65_HS1-834228961_62-HQ-83894_Section_3
Agency: FBI
Page 136
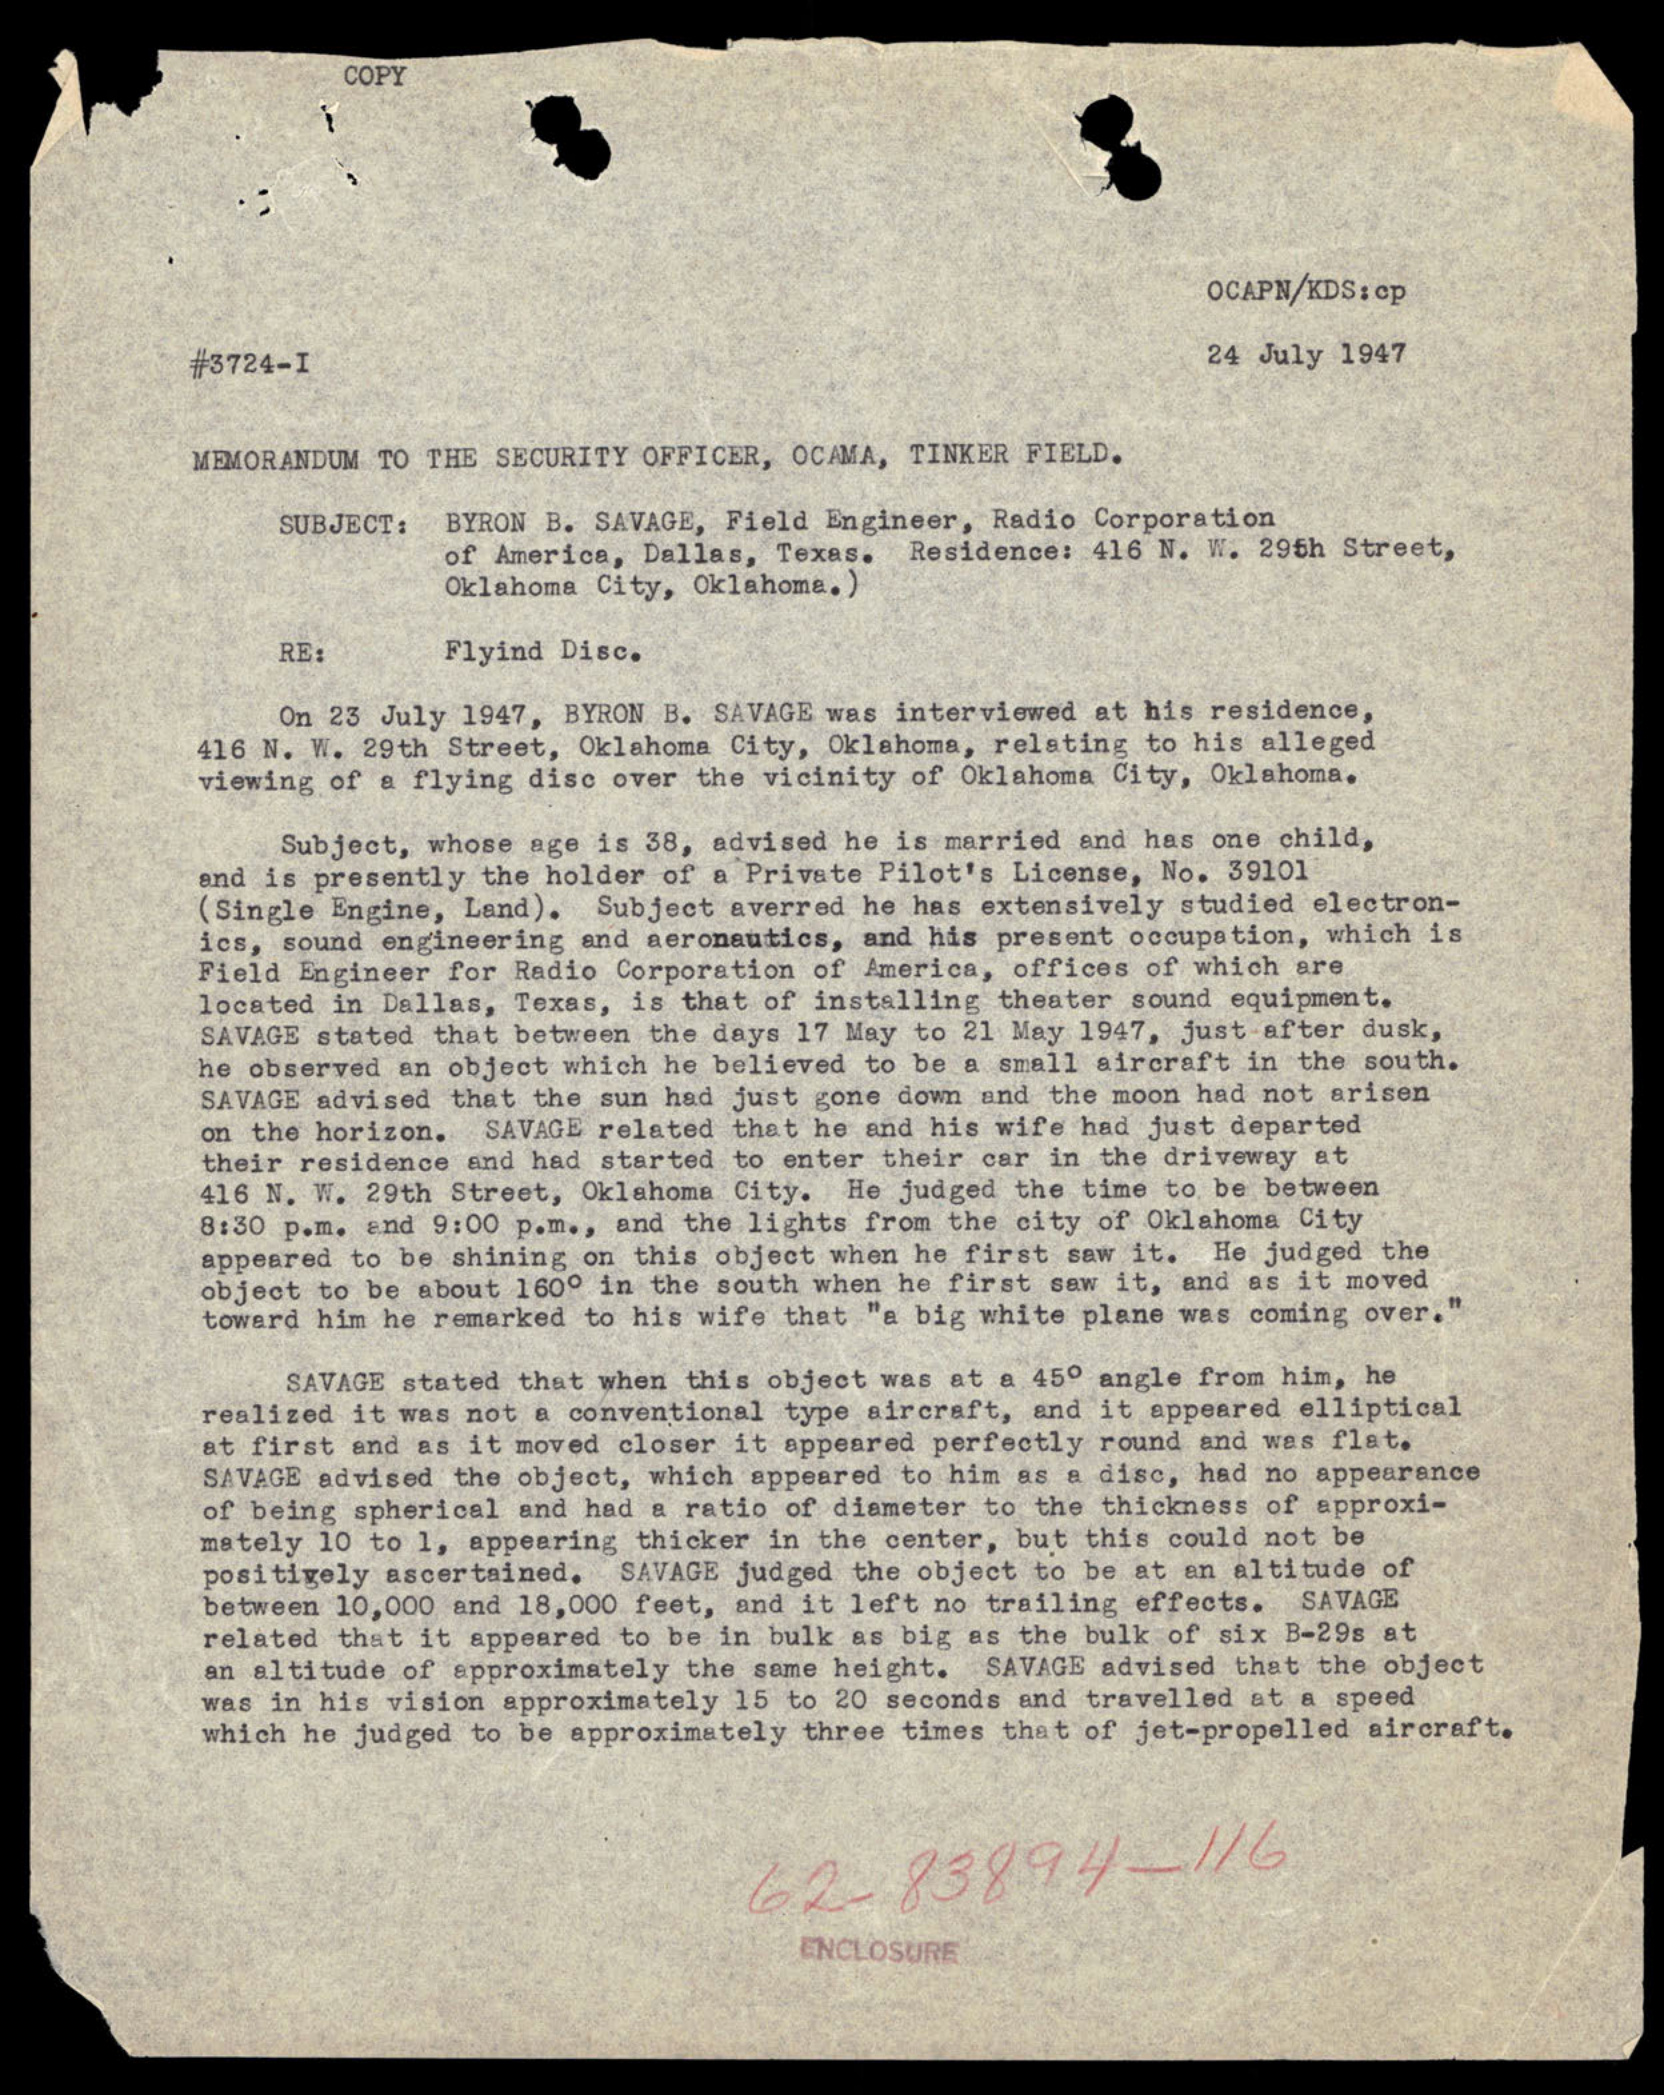